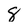
Character: 8